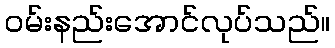
ဝမ်းနည်းအောင်လုပ်သည်။